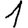
Digit: 1